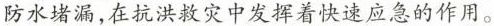
防水堵漏，在抗洪救灾中发挥着快速应急的作用。